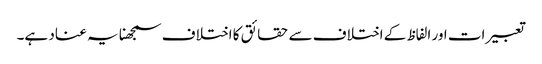
تعبیرات اور الفاظ کے اختلاف سے حقائق کا اختلاف سمجھنا یہ عناد ہے۔